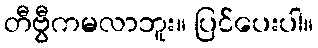
တီဗွီကမလာဘူး။ ပြင်ပေးပါ။